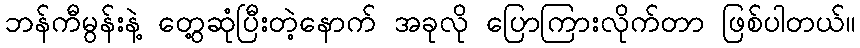
ဘန်ကီမွန်းနဲ့ တွေ့ဆုံပြီးတဲ့နောက် အခုလို ပြောကြားလိုက်တာ ဖြစ်ပါတယ်။